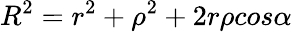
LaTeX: R^{2}=r^{2}+\rho^{2}+2r\rho cos\alpha